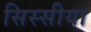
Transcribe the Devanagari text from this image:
सिस्सीया